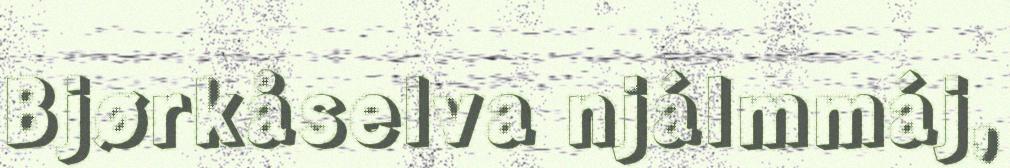
Bjørkåselva njálmmáj,